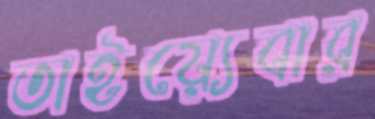
তাইয়্যেবার